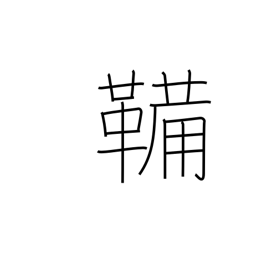
Meaning: bellows